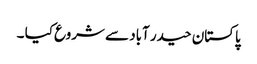
پاکستان حیدر آباد سے شروع کیا ۔